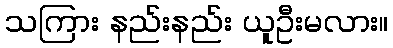
သကြား နည်းနည်း ယူဦးမလား။